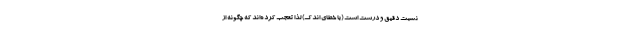
نسبت دقیق و درست است (با خطای اندک) لذا تعجب کرده‌اند که چگونه از